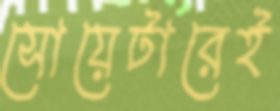
সোয়েটারেই